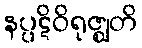
နပ္ပဋိဝိရုဇ္ဈတိ